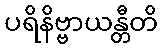
ပရိနိဗ္ဗာယန္တီတိ